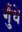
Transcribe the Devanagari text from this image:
गुँधे